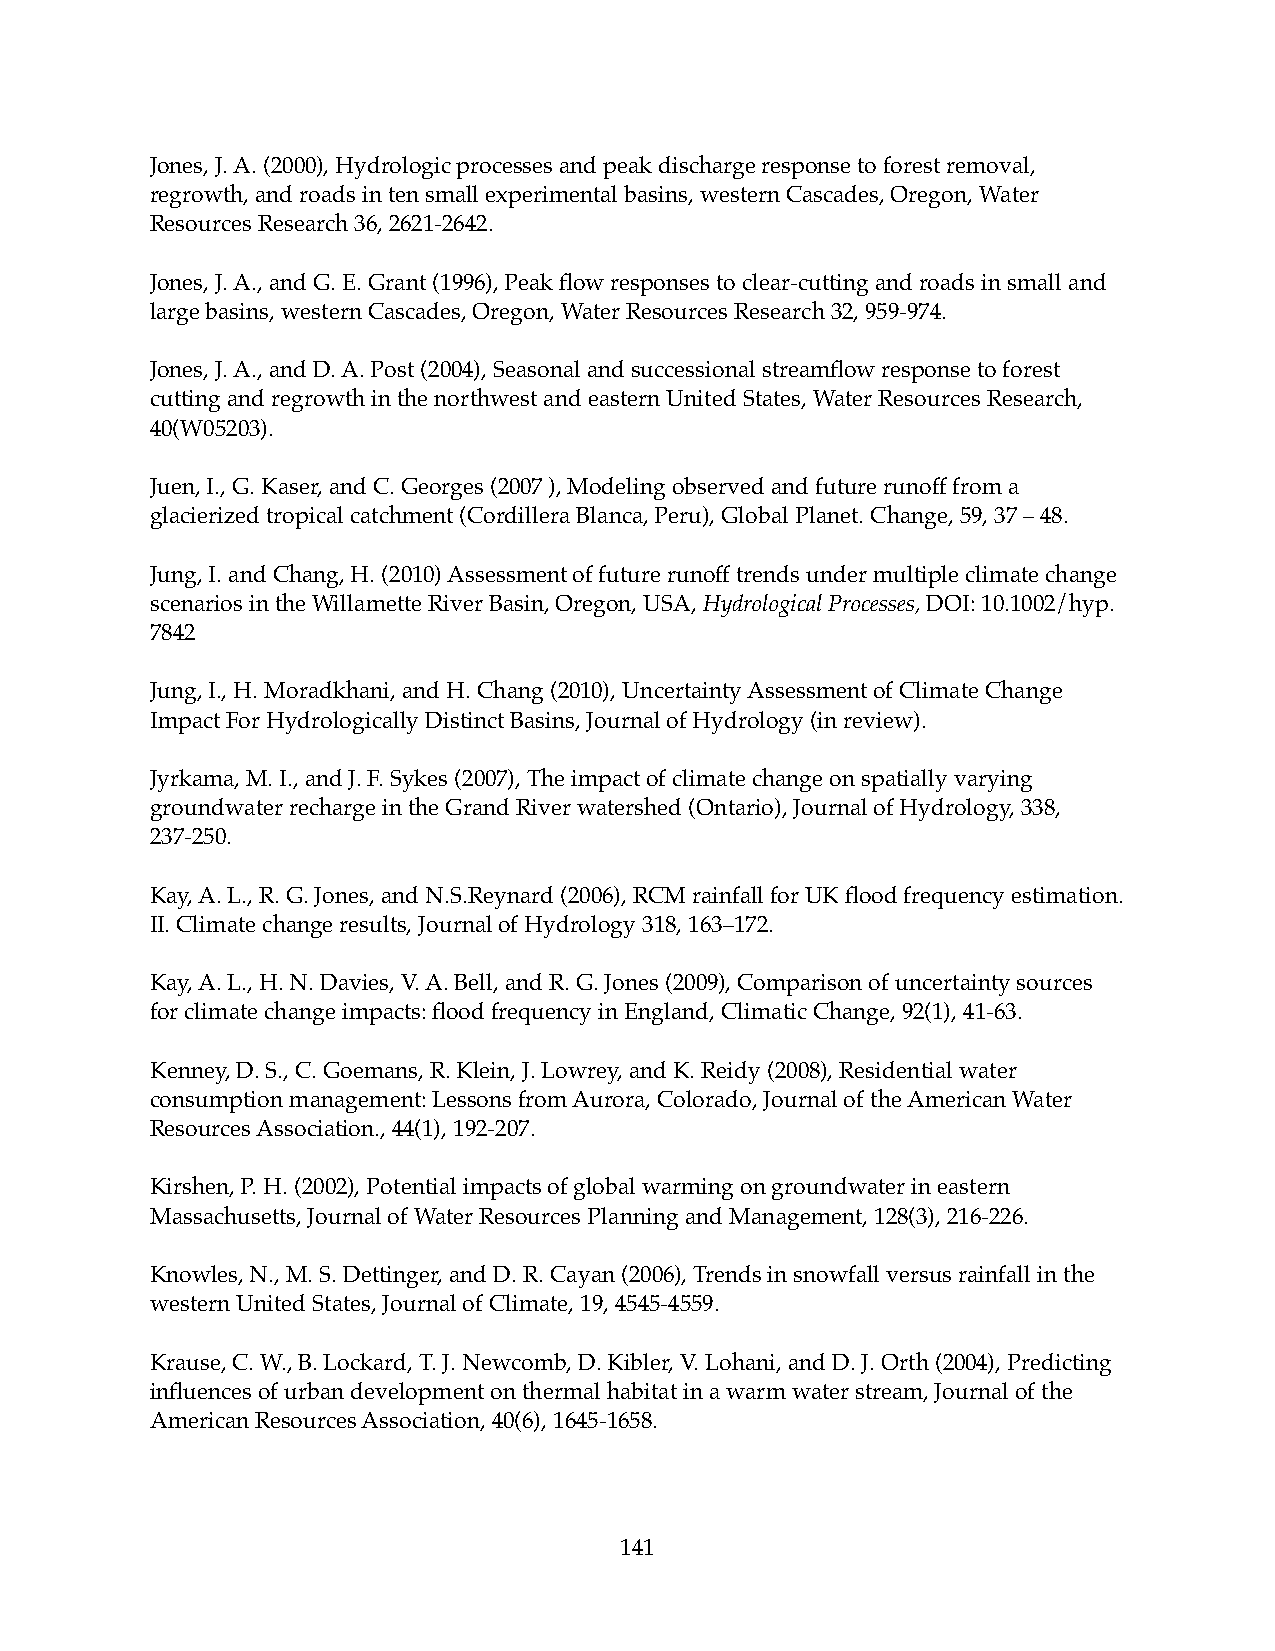
Jones, J. A. (2000), Hydrologic processes and peak discharge response to forest removal,
 regrowth, and roads in ten small experimental basins, western Cascades, Oregon, Water
 Resources Research 36, 2621-2642.
 Jones, J. A., and G. E. Grant (1996), Peak flow responses to clear-cutting and roads in small and
 large basins, western Cascades, Oregon, Water Resources Research 32, 959-974.
 Jones, J. A., and D. A. Post (2004), Seasonal and successional streamflow response to forest
 cutting and regrowth in the northwest and eastern United States, Water Resources Research,
 40(W05203).
 Juen, I., G. Kaser, and C. Georges (2007 ), Modeling observed and future runoff from a
 glacierized tropical catchment (Cordillera Blanca, Peru), Global Planet. Change, 59, 37 – 48.
 Jung, I. and Chang, H. (2010) Assessment of future runoff trends under multiple climate change
 scenarios in the Willamette River Basin, Oregon, USA, Hydrological Processes, DOI:!10.1002/hyp.
 7842
 Jung, I., H. Moradkhani, and H. Chang (2010), Uncertainty Assessment of Climate Change
 Impact For Hydrologically Distinct Basins, Journal of Hydrology (in review).
 Jyrkama, M. I., and J. F. Sykes (2007), The impact of climate change on spatially varying
 groundwater recharge in the Grand River watershed (Ontario), Journal of Hydrology, 338,
 237-250.
 Kay, A. L., R. G. Jones, and N.S.Reynard (2006), RCM rainfall for UK flood frequency estimation.
 II. Climate change results, Journal of Hydrology 318, 163–172.
 Kay, A. L., H. N. Davies, V. A. Bell, and R. G. Jones (2009), Comparison of uncertainty sources
 for climate change impacts: flood frequency in England, Climatic Change, 92(1), 41-63.
 Kenney, D. S., C. Goemans, R. Klein, J. Lowrey, and K. Reidy (2008), Residential water
 consumption management: Lessons from Aurora, Colorado, Journal of the American Water
 Resources Association., 44(1), 192-207.
 Kirshen, P. H. (2002), Potential impacts of global warming on groundwater in eastern
 Massachusetts, Journal of Water Resources Planning and Management, 128(3), 216-226.
 Knowles, N., M. S. Dettinger, and D. R. Cayan (2006), Trends in snowfall versus rainfall in the
 western United States, Journal of Climate, 19, 4545-4559.
 Krause, C. W., B. Lockard, T. J. Newcomb, D. Kibler, V. Lohani, and D. J. Orth (2004), Predicting
 influences of urban development on thermal habitat in a warm water stream, Journal of the
 American Resources Association, 40(6), 1645-1658.
 141